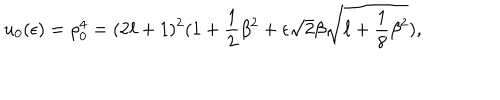
LaTeX: u _ { 0 } ( \epsilon ) = \rho _ { 0 } ^ { 4 } = ( 2 \ell + 1 ) ^ { 2 } ( 1 + \frac { 1 } { 2 } \beta ^ { 2 } + \epsilon \sqrt { 2 } \beta \sqrt { \ell + \frac { 1 } { 8 } \beta ^ { 2 } } ) ,